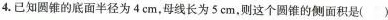
4.已知圆锥的底面半径为4cm，母线长为5cm，则这个圆锥的侧面积是( )